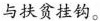
与扶贫挂钩。